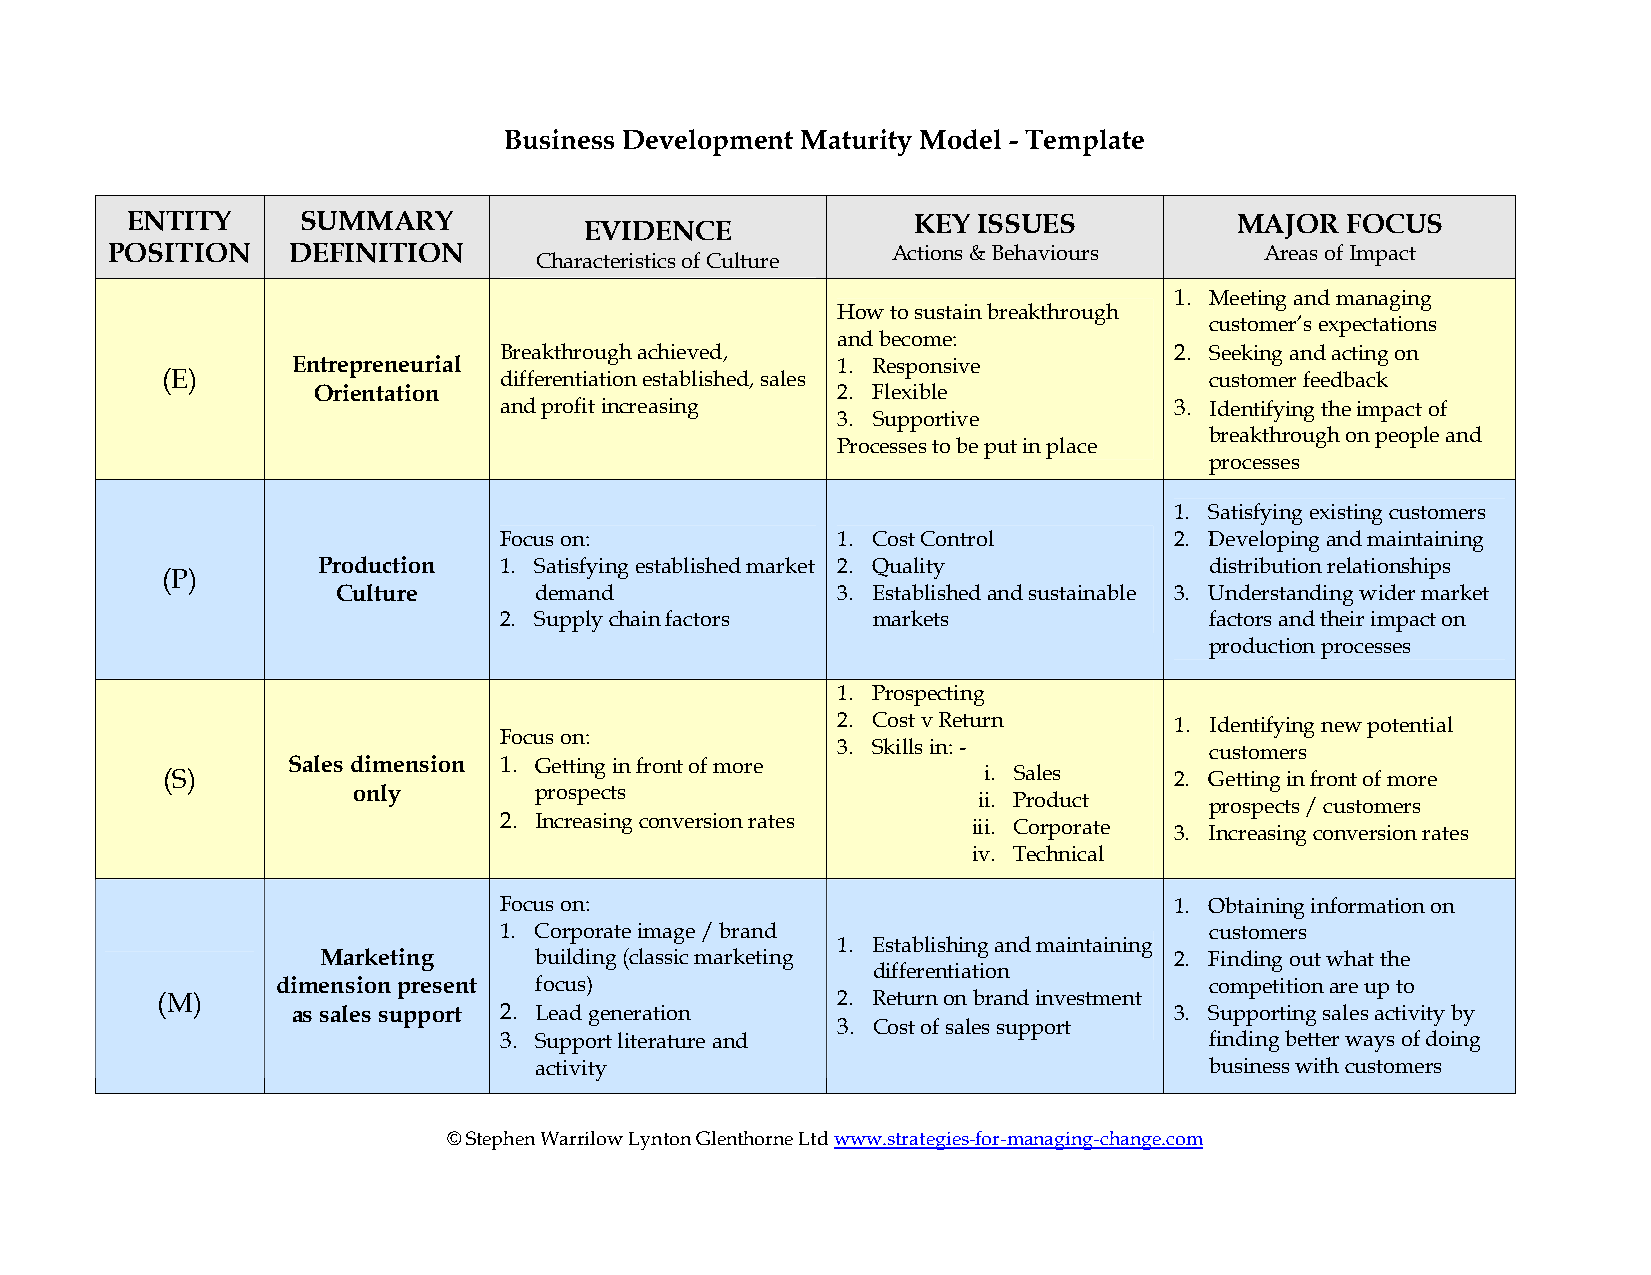
Business Development Maturity Model - Template
 ENTITY      SUMMARY                                 KEY  ISSUES           MAJOR  FOCUS
 EVIDENCE
 POSITION    DEFINITION                              Actions & Behaviours     Areas of Impact
 Characteristics of Culture
 1. Meeting and managing
 How to sustain breakthrough
 customer’s expectations
 and become:
 Breakthrough achieved,                       2. Seeking and acting on
 Entrepreneurial                     1. Responsive
 (E)                   differentiation established, sales             customer feedback
 Orientation                       2. Flexible
 and profit increasing                        3. Identifying the impact of
 3. Supportive
 breakthrough on people and
 Processes to be put in place
 processes
 1. Satisfying existing customers
 Focus on:             1. Cost Control        2. Developing and maintaining
 Production  1. Satisfying established market 2. Quality    distribution relationships
 (P)
 Culture      demand              3. Established and sustainable 3. Understanding wider market
 2. Supply chain factors  markets               factors and their impact on
 production processes
 1. Prospecting
 2. Cost v Return       1. Identifying new potential
 Focus on:
 3. Skills in: -          customers
 Sales dimension 1. Getting in front of more
 (S)                                                   i. Sales     2. Getting in front of more
 only        prospects
 ii. Product    prospects / customers
 2. Increasing conversion rates iii. Corporate 3. Increasing conversion rates
 iv. Technical
 Focus on:                                    1. Obtaining information on
 1. Corporate image / brand                     customers
 1. Establishing and maintaining
 Marketing     building (classic marketing                2. Finding out what the
 differentiation
 dimension present focus)                                      competition are up to
 (M)                                          2. Return on brand investment
 as sales support 2. Lead generation                        3. Supporting sales activity by
 3. Cost of sales support
 3. Support literature and                      finding better ways of doing
 activity                                     business with customers
 © Stephen Warrilow Lynton Glenthorne Ltd www.strategies-for-managing-change.com